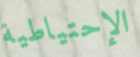
الإحتياطية